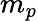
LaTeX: m_{p}